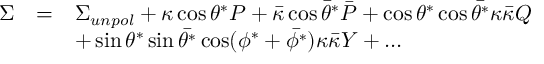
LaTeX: \begin{array} { r c l } { { \Sigma } } & { { = } } & { { \Sigma _ { u n p o l } + \kappa \cos \theta ^ { * } { \cal P } + \bar { \kappa } \cos \bar { \theta } ^ { * } \bar { { \cal P } } + \cos \theta ^ { * } \cos \bar { \theta ^ { * } } \kappa \bar { \kappa } { \cal Q } } } \\ { { } } & { { } } & { { + \sin \theta ^ { * } \sin \bar { \theta ^ { * } } \cos ( \phi ^ { * } + \bar { \phi ^ { * } } ) \kappa \bar { \kappa } { \cal Y } + \dots } } \end{array}